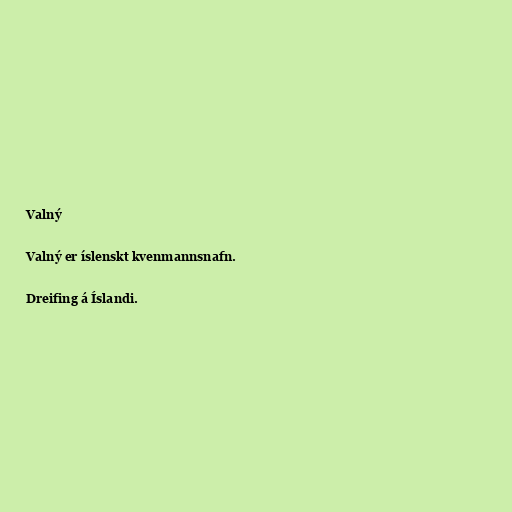
Valný

Valný er íslenskt kvenmannsnafn.

Dreifing á Íslandi.